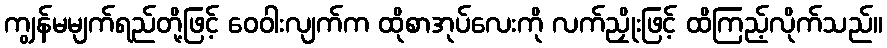
ကျွန်မမျက်ရည်တို့ဖြင့် ဝေဝါးလျက်က ထိုစာအုပ်လေးကို လက်ညှိုးဖြင့် ထိကြည့်လိုက်သည်။